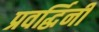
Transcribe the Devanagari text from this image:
प्रवर्द्धिनी